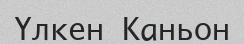
Үлкен Каньон